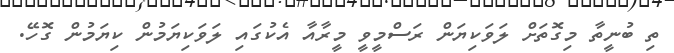
ތި ބުނީތާ މިގޮތަށް ލަވަކިޔަން ރަސްމީވީ މީރާއާ އެކުގައި ލަވަކިޔަމުން ކިޔަމުން ގޮހޭ.